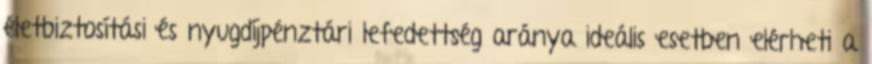
életbiztosítási és nyugdíjpénztári lefedettség aránya ideális esetben elérheti a